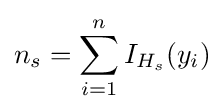
n_{s}=\sum _{i=1}^{n}I_{H_{s}}(y_{i})